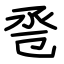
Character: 卺